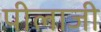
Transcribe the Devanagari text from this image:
पीलाजी